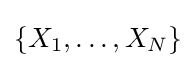
\{X_{1},\dots ,X_{N}\}